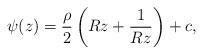
LaTeX: \begin{align*} \psi(z) = \frac{\rho}{2}\left ( Rz + \frac{1}{Rz} \right) + c, \end{align*}